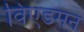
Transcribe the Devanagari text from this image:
विएडमन